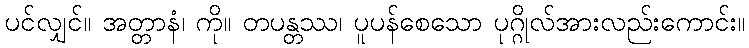
ပင်လျှင်။ အတ္တာနံ၊ ကို။ တပန္တဿ၊ ပူပန်စေသော ပုဂ္ဂိုလ်အားလည်းကောင်း။